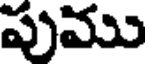
పుము